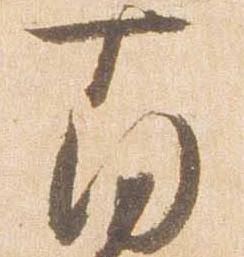
南